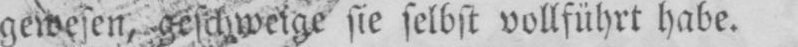
gewesen, geschweige sie selbst vollführt habe.